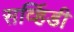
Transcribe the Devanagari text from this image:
सर्व्हिडी